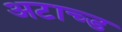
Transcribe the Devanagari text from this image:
अटाच्ड